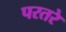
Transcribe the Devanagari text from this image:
परतरे